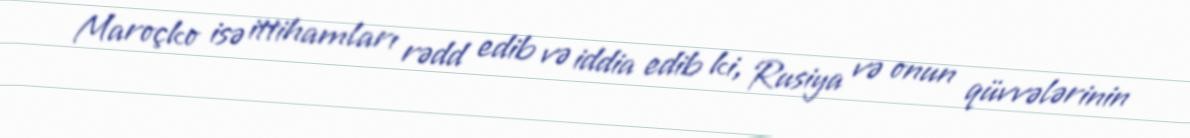
Maroçko isə ittihamları rədd edib və iddia edib ki, Rusiya və onun qüvvələrinin